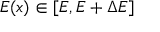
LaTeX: E ( x ) \in [ E , E + \Delta E ]